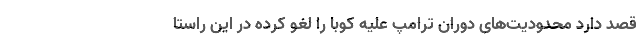
قصد دارد محدودیت‌های دوران ترامپ علیه کوبا را لغو کرده در این راستا